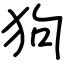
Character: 狗